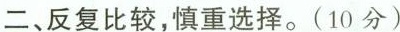
二、反复比较，慎重选择。